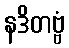
နဒိတဗ္ဗံ